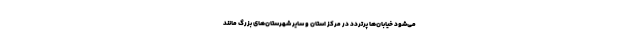
می‌شود خیابان‌ها پرتردد در مرکز استان و سایر شهرستان‌های بزرگ مانند